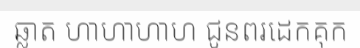
ឆ្លាត ហាហាហាហ ជូនពរដេកគុក